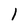
Character: l